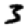
Digit: 3